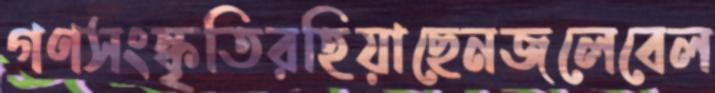
গণসংস্কৃতিরহিয়াছেনজলেবেল